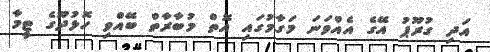
އަދި ގުރޫޕު އޭގެ އެއްވަނަ މަގާމުގައި އޮތް މުބާރާތް ބޭއްވި ހޮޅުދޫގެ ޓީމާ